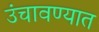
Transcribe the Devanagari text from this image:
उंचावण्यात